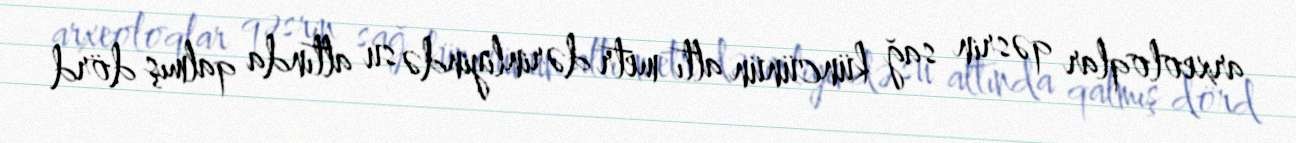
arxeoloqlar qəsrin sağ küncünün altı metr dərinliyində su altında qalmış dörd